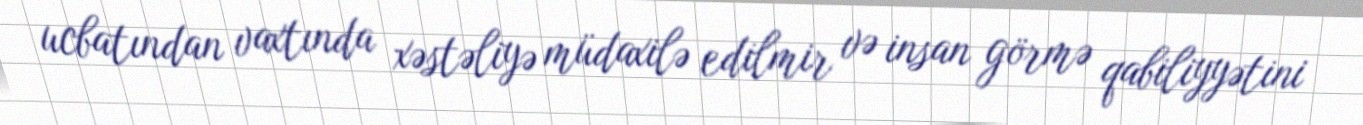
ucbatından vaxtında xəstəliyə müdaxilə edilmir və insan görmə qabiliyyətini